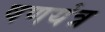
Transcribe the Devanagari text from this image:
षणयंत्र